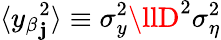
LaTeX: \langle{y_{\beta}}_{\mathbf{j}}^{2}\rangle\equiv\sigma_{y}^{2}\llD^{2}\sigma_{\eta}^{2}